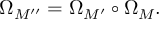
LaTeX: \Omega _ { M ^ { \prime \prime } } = \Omega _ { M ^ { \prime } } \circ \Omega _ { M } .